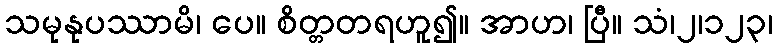
သမုနုပဿာမိ၊ ပေ။ စိတ္တတရဟူ၍။ အာဟ၊ ပြီ။ သံ၊၂၊၁၂၃၊